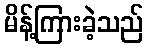
မိန့်ကြားခဲ့သည်